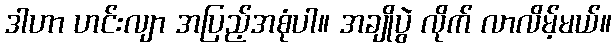
ဒါဟာ ဟင်းလျာ အပြည့်အစုံပါ။ အချိုပွဲ လိုက် လာလိမ့်မယ်။